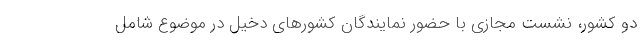
دو کشور، نشست مجازی با حضور نمایندگان کشورهای دخیل در موضوع شامل